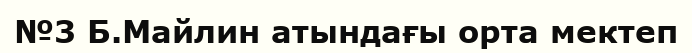
№3 Б.Майлин атындағы орта мектеп